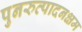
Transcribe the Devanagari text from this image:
पुनरुत्पादनक्षम